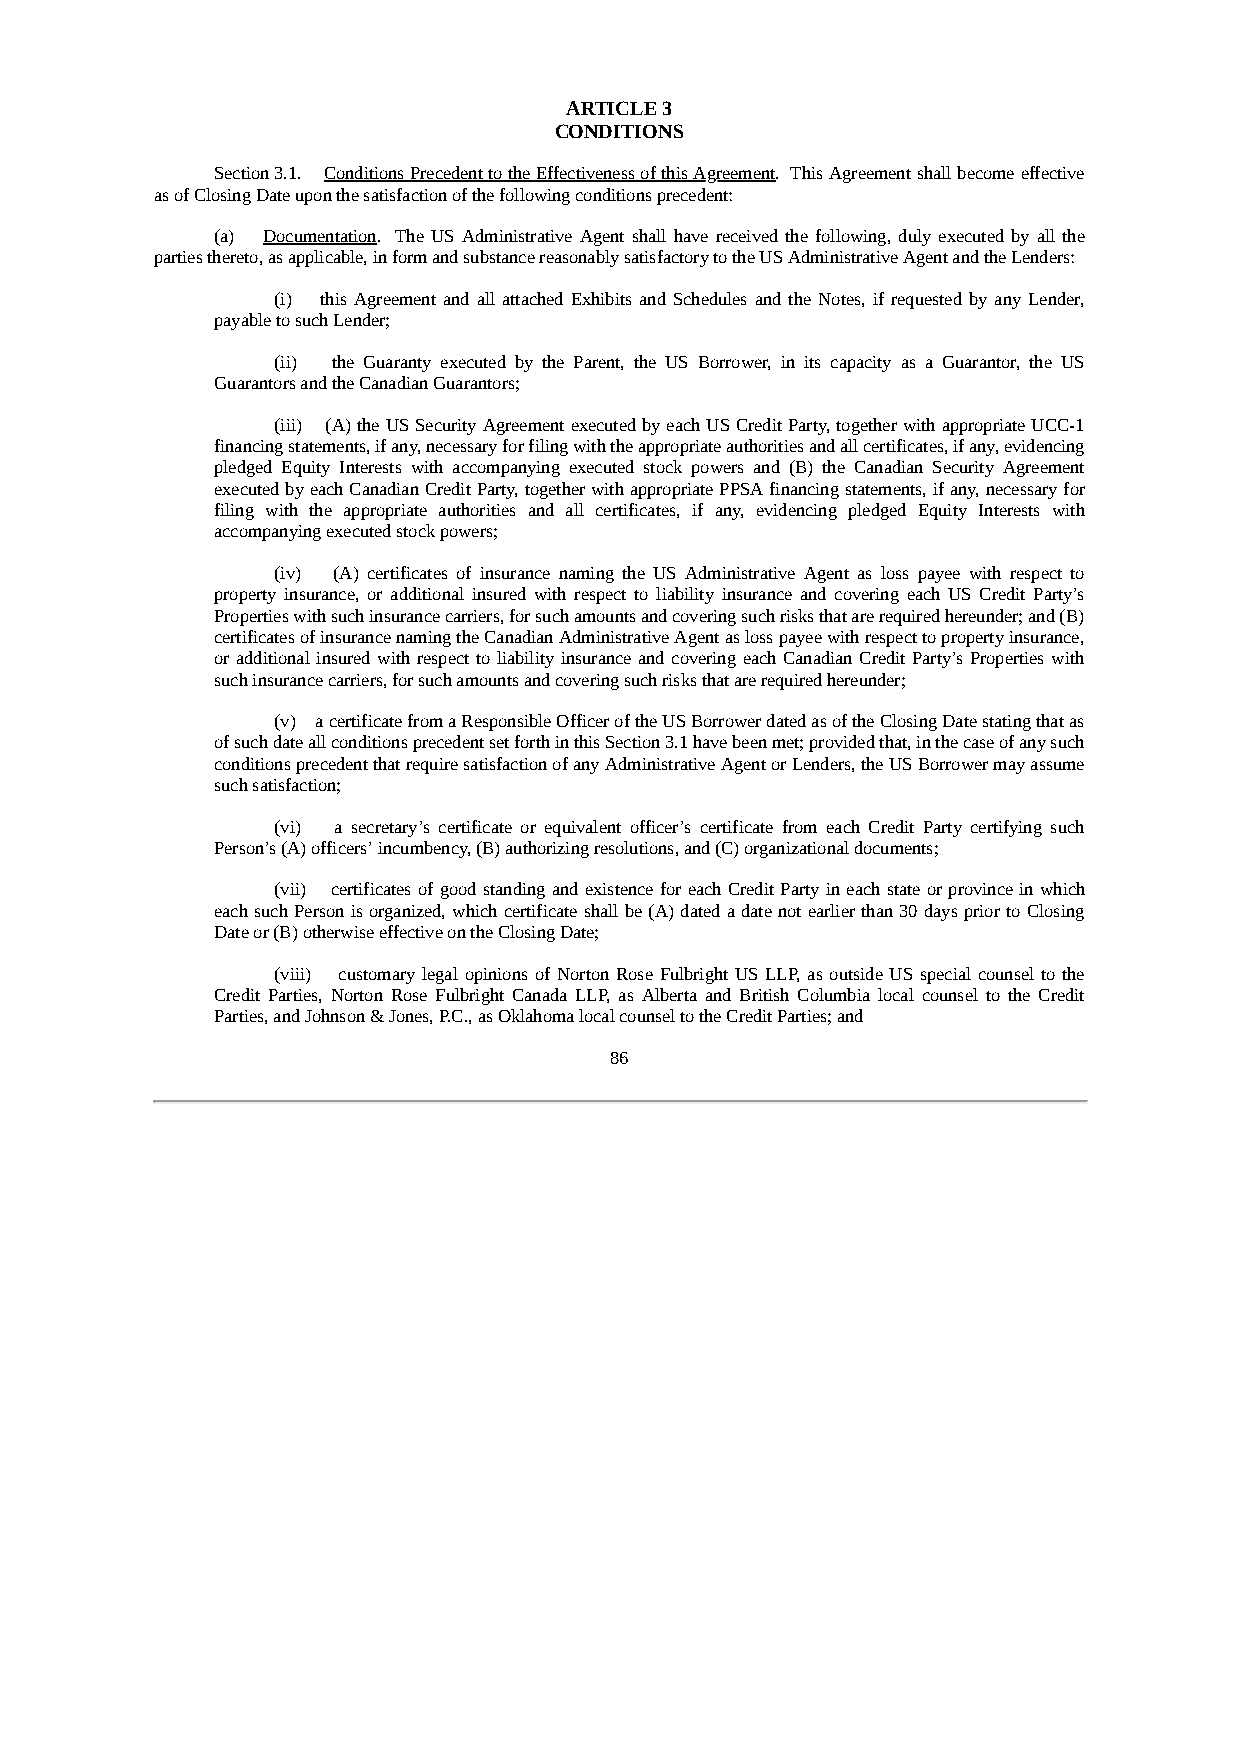
ARTICLE 3
 CONDITIONS
 Section 3.1. Conditions Precedent to the Effectiveness of this Agreement. This Agreement shall become effective
 as of Closing Date upon the satisfaction of the following conditions precedent:
 (a) Documentation. The US Administrative Agent shall have received the following, duly executed by all the
 parties thereto, as applicable, in form and substance reasonably satisfactory to the US Administrative Agent and the Lenders:
 (i) this Agreement and all attached Exhibits and Schedules and the Notes, if requested by any Lender,
 payable to such Lender;
 (ii) the Guaranty executed by the Parent, the US Borrower, in its capacity as a Guarantor, the US
 Guarantors and the Canadian Guarantors;
 (iii) (A) the US Security Agreement executed by each US Credit Party, together with appropriate UCC-1
 financing statements, if any, necessary for filing with the appropriate authorities and all certificates, if any, evidencing
 pledged Equity Interests with accompanying executed stock powers and (B) the Canadian Security Agreement
 executed by each Canadian Credit Party, together with appropriate PPSA financing statements, if any, necessary for
 filing with the appropriate authorities and all certificates, if any, evidencing pledged Equity Interests with
 accompanying executed stock powers;
 (iv) (A) certificates of insurance naming the US Administrative Agent as loss payee with respect to
 property insurance, or additional insured with respect to liability insurance and covering each US Credit Party’s
 Properties with such insurance carriers, for such amounts and covering such risks that are required hereunder; and (B)
 certificates of insurance naming the Canadian Administrative Agent as loss payee with respect to property insurance,
 or additional insured with respect to liability insurance and covering each Canadian Credit Party’s Properties with
 such insurance carriers, for such amounts and covering such risks that are required hereunder;
 (v) a certificate from a Responsible Officer of the US Borrower dated as of the Closing Date stating that as
 of such date all conditions precedent set forth in this Section 3.1 have been met; provided that, in the case of any such
 conditions precedent that require satisfaction of any Administrative Agent or Lenders, the US Borrower may assume
 such satisfaction;
 (vi) a secretary’s certificate or equivalent officer’s certificate from each Credit Party certifying such
 Person’s (A) officers’ incumbency, (B) authorizing resolutions, and (C) organizational documents;
 (vii) certificates of good standing and existence for each Credit Party in each state or province in which
 each such Person is organized, which certificate shall be (A) dated a date not earlier than 30 days prior to Closing
 Date or (B) otherwise effective on the Closing Date;
 (viii) customary legal opinions of Norton Rose Fulbright US LLP, as outside US special counsel to the
 Credit Parties, Norton Rose Fulbright Canada LLP, as Alberta and British Columbia local counsel to the Credit
 Parties, and Johnson & Jones, P.C., as Oklahoma local counsel to the Credit Parties; and
 86